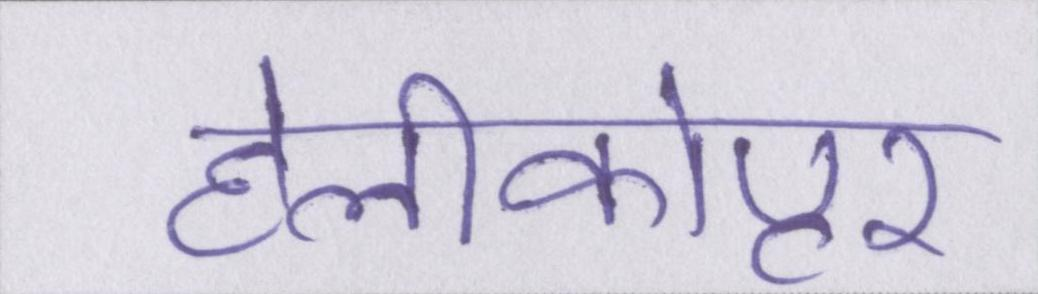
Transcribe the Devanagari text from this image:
हेलीकोप्टर